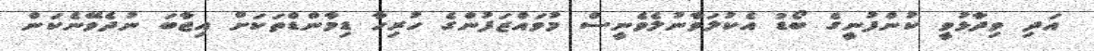
އަދި ވިދާޅުވީ ކުންފުނީގެ ބޯޑު އެކުލަވާނުލެވެނީސް މުވައްޒަފުންގެ ހުރިހާ ޑިމާންޑްތަކަށް އިޖާބަ ނުދެވޭނެކަން